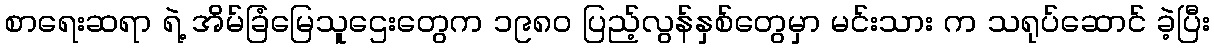
စာရေးဆရာ ရဲ့ အိမ်ခြံမြေသူဌေးတွေက ၁၉၈၀ ပြည့်လွန်နှစ်တွေမှာ မင်းသား က သရုပ်ဆောင် ခဲ့ပြီး